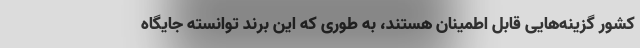
کشور گزینه‌هایی قابل اطمینان هستند، به طوری که این برند توانسته جایگاه